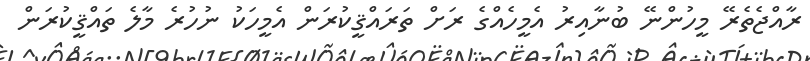
ރާއްޖެތެރޭ މީހުންނޭ ބުނާއިރު އެމީހެއްގެ ރަށް ތަރައްޤީކުރަން އެމީހަކު ނުހުރެ މާލެ ތައްޤީކުރަން